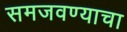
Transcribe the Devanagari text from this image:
समजवण्याचा